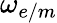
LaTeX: \omega_{e/m}